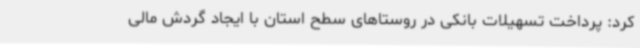
کرد: پرداخت تسهیلات بانکی در روستاهای سطح استان با ایجاد گردش مالی